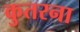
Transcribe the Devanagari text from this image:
कुतरना